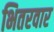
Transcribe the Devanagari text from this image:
भितरवार